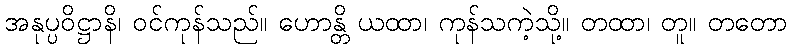
အနုပ္ပဝိဋ္ဌာနိ၊ ဝင်ကုန်သည်။ ဟောန္တိ ယထာ၊ ကုန်သကဲ့သို့။ တထာ၊ တူ။ တတော